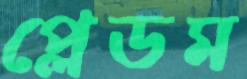
প্লেডম